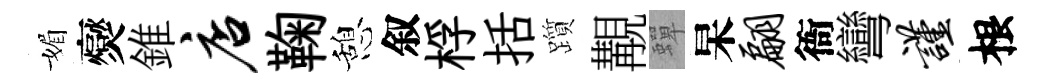
媚爕錐店鞠憩叙桴括躓覯蟬杲翩衙彎谨根